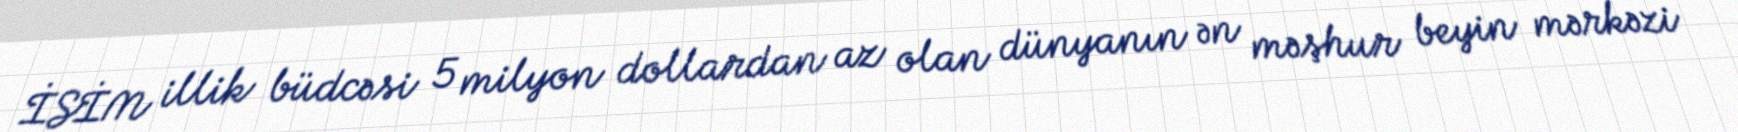
İSİM illik büdcəsi 5 milyon dollardan az olan dünyanın ən məşhur beyin mərkəzi